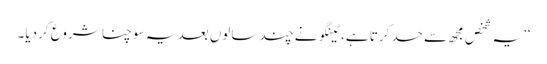
‘‘یہ شخص مجھ سے حسد کرتا ہے، ٹینگو نے چند سالوں بعد یہ سوچنا شروع کردیا۔